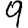
Digit: 9